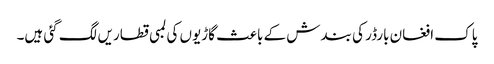
پاک افغان بارڈر کی بندش کے باعث گاڑیوں کی لمبی قطاریں لگ گئی ہیں۔